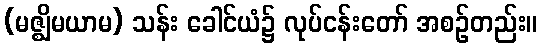
(မဇ္ဈိမယာမ) သန်း ခေါင်ယံ၌ လုပ်ငန်းတော် အစဉ်တည်း။